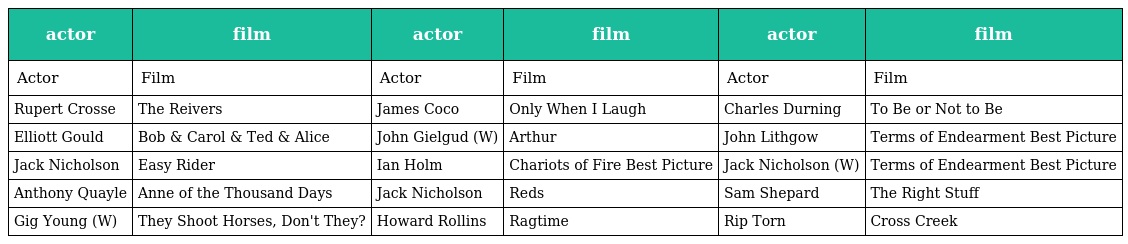
| actor | film | actor | film | actor | film |
 | --- | --- | --- | --- | --- | --- |
 | Actor | Film | Actor | Film | Actor | Film |
 | Rupert Crosse | The Reivers | James Coco | Only When I Laugh | Charles Durning | To Be or Not to Be |
 | Elliott Gould | Bob & Carol & Ted & Alice | John Gielgud (W) | Arthur | John Lithgow | Terms of Endearment Best Picture |
 | Jack Nicholson | Easy Rider | Ian Holm | Chariots of Fire Best Picture | Jack Nicholson (W) | Terms of Endearment Best Picture |
 | Anthony Quayle | Anne of the Thousand Days | Jack Nicholson | Reds | Sam Shepard | The Right Stuff |
 | Gig Young (W) | They Shoot Horses, Don't They? | Howard Rollins | Ragtime | Rip Torn | Cross Creek |